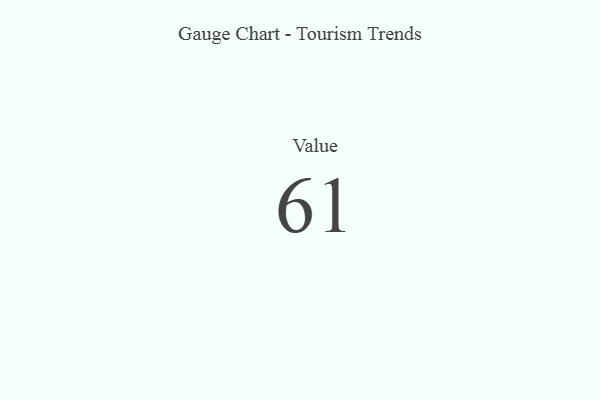
{"axis": {"x": "Metric", "y": "Value"}, "legend": [""], "data": [{"x": "Value", "y": 61, "type": ""}]}